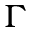
\Gamma